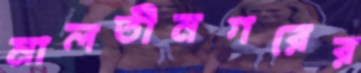
মালতীনগরের